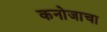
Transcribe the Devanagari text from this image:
कनोजाचा